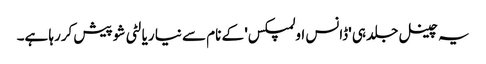
یہ چینل جلد ہی 'ڈانس اولمپکس' کے نام سے نیا ریالٹی شو پیش کررہا ہے۔